Report on vaccination in the Province of Bengal - 1874-1889
Year: 1874
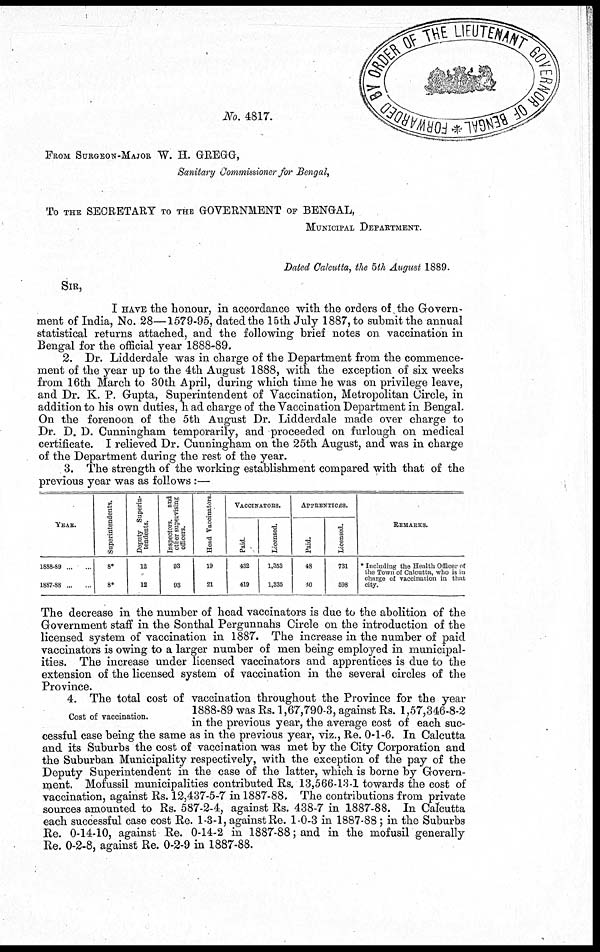
No. 4817.
FROM SURGEON-MAJOR W. H. GREGG,
Sanitary Commissioner for Bengal,
To THE SECRETARY TO THE GOVERNMENT OF BENGAL,
MUNICIPAL DEPARTMENT.
Dated Calcutta, the 5th August 1889.
SIR,
I HAVE the honour, in accordance with the orders of the Govern-
ment of India, No. 28—1579-95, dated the 15th July 1887, to submit the annual
statistical returns attached, and the following brief notes on vaccination in
Bengal for the official year 1888-89.
2. Dr. Lidderdale was in charge of the Department from the commence-
ment of the year up to the 4th August 1888, with the exception of six weeks
from 16th March to 30th April, during which time he was on privilege leave,
and Dr. K. P. Gupta, Superintendent of Vaccination, Metropolitan Circle, in
addition to his own duties, had charge of the Vaccination Department in Bengal.
On the forenoon of the 5th August Dr. Lidderdale made over charge to
Dr. D. D. Cunningham temporarily, and proceeded on furlough on medical
certificate. I relieved Dr. Cunningham on the 25th August, and was in charge
of the Department during the rest of the year.
3. The strength of the working establishment compared with that of the
previous year was as follows :—
YEAR.
1888-89 ... ...
1887-88 ... ...
Superintendents.
8*
8*
Deputy Superin-
tendents.
12
12
Inspectors. and
other supervising
officers.
93
93
Head Vaccinators.
19
21
VACCINATORS.
Paid.
432
419
Licensed.
1,353
1,335
APPEENTICES.
Paid.
48
40
Licensed.
731
598
REMARKS.
* Including the Health Officer of
the Town of Calcutta, who is in
charge of vaccination in that
city.
The decrease in the number of head vaccinators is due to the abolition of the
Government staff in the Sonthal Pergunnahs Circle on the introduction of the
licensed system of vaccination in 1887. The increase in the number of paid
vaccinators is owing to a larger number of men being employed in municipal-
ities. The increase under licensed vaccinators and apprentices is due to the
extension of the licensed system of vaccination in the several circles of the
Province.
Cost of vaccination.
4. The total cost of vaccination throughout the Province for the year
1888-89 was Rs. 1,67,790-3, against Rs. 1,57,346-8-2
in the previous year, the average cost of each suc-
cessful case being the same as in the previous year, viz., Re. 0-1-6. In Calcutta
and its Suburbs the cost of vaccination was met by the City Corporation and
the Suburban Municipality respectively, with the exception of the pay of the
Deputy Superintendent in the case of the latter, which is borne by Govern-
ment. Mofussil municipalities contributed Rs. 13,566-13-1 towards the cost of
vaccination, against Rs. 12,437-5-7 in 1887-88. The contributions from private
sources amounted to Rs. 587-2-4, against Rs. 438-7 in 1887-88. In Calcutta
each successful case cost Re. 1-3-1, against Re. 1-0-3 in 1887-88; in the Suburbs
Re. 0-14-10, against Re. 0-14-2 in 1887-88; and in the mofusil generally
Re. 0-2-8, against Re. 0-2-9 in 1887-88.